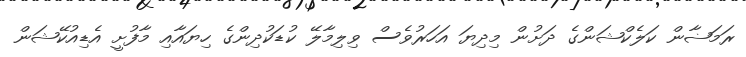
ރަމަޟާން ކަލެކްޝަންގެ ދަށުން މިދިޔަ އަހަރުވެސް ވިލިމާލޭ ކުޑަކުދިންގެ ހިޔައާއި މާފުށީ އެޑިއުކޭޝަން